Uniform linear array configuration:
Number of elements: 24
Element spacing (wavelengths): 0.5
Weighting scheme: exponential
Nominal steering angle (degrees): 30
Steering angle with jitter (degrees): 29.939
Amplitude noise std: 0.05
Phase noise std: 0.05

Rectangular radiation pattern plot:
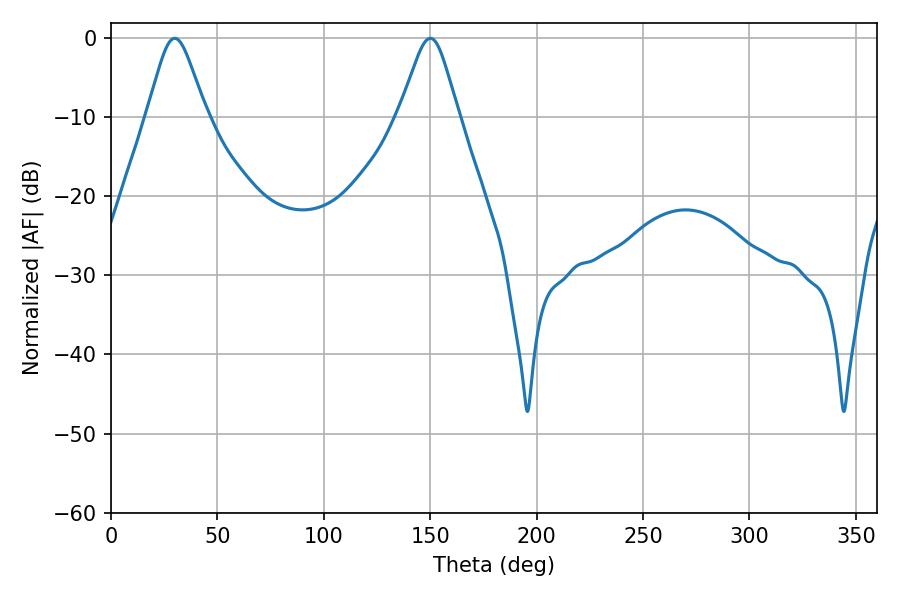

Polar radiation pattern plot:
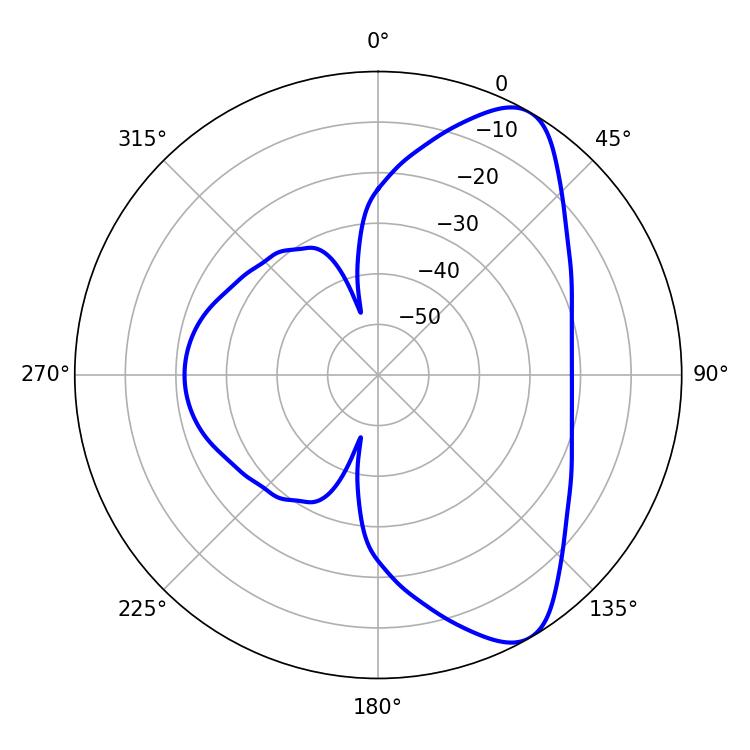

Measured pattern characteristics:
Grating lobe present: FALSE
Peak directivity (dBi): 8.315
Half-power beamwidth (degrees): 13.5
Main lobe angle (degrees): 150.12